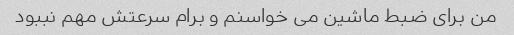
من برای ضبط ماشین می خواسنم و برام سرعتش مهم نببود